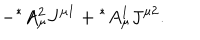
LaTeX: - { ^ \ast } A _ { \mu } ^ { 2 } J ^ { \mu 1 } + { ^ \ast } A _ { \mu } ^ { 1 } J ^ { \mu 2 } .